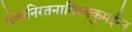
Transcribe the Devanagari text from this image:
सेवानिरतनायिरुक्कुमईन्न